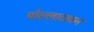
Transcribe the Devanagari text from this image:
पोल्लादावन